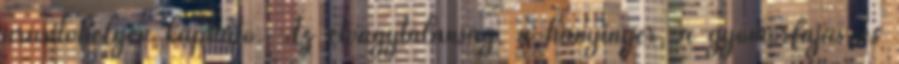
árusítóhelyen kapható. Az étvágytalanság, a hányinger, a gyomorfájás és